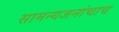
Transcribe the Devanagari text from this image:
सामन्यजनांचाच